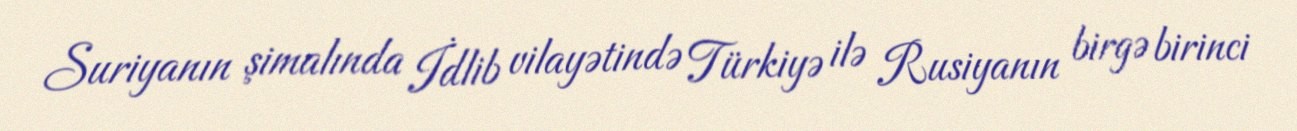
Suriyanın şimalında İdlib vilayətində Türkiyə ilə Rusiyanın birgə birinci